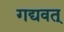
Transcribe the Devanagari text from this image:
गद्यवत्